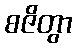
စဇိတွာ